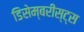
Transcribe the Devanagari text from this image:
डिसेम्बरीस्ट्स